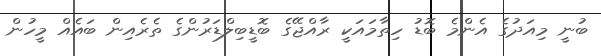
ބުނީ މިއަދުގެ އެންމެ ބޮޑު ހިތާމައަކީ ރާއްޖޭގެ ބޮޑީބިލްޑަރުންގެ ތެރެއިން ބައެއް މީހުން